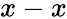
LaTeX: x-x